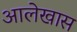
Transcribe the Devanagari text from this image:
आलेखास